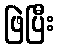
ဖြဲပြီး